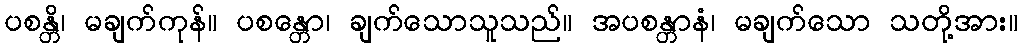
ပစန္တိ၊ မချက်ကုန်။ ပစန္တော၊ ချက်သောသူသည်။ အပစန္တာနံ၊ မချက်သော သတို့အား။